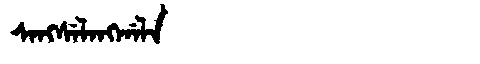
Manchu: ᠰᠠᠩᠰᡝᠯᠠᠩᡤᠠᠯᠠ
Romanization: SANGSELANGGALA